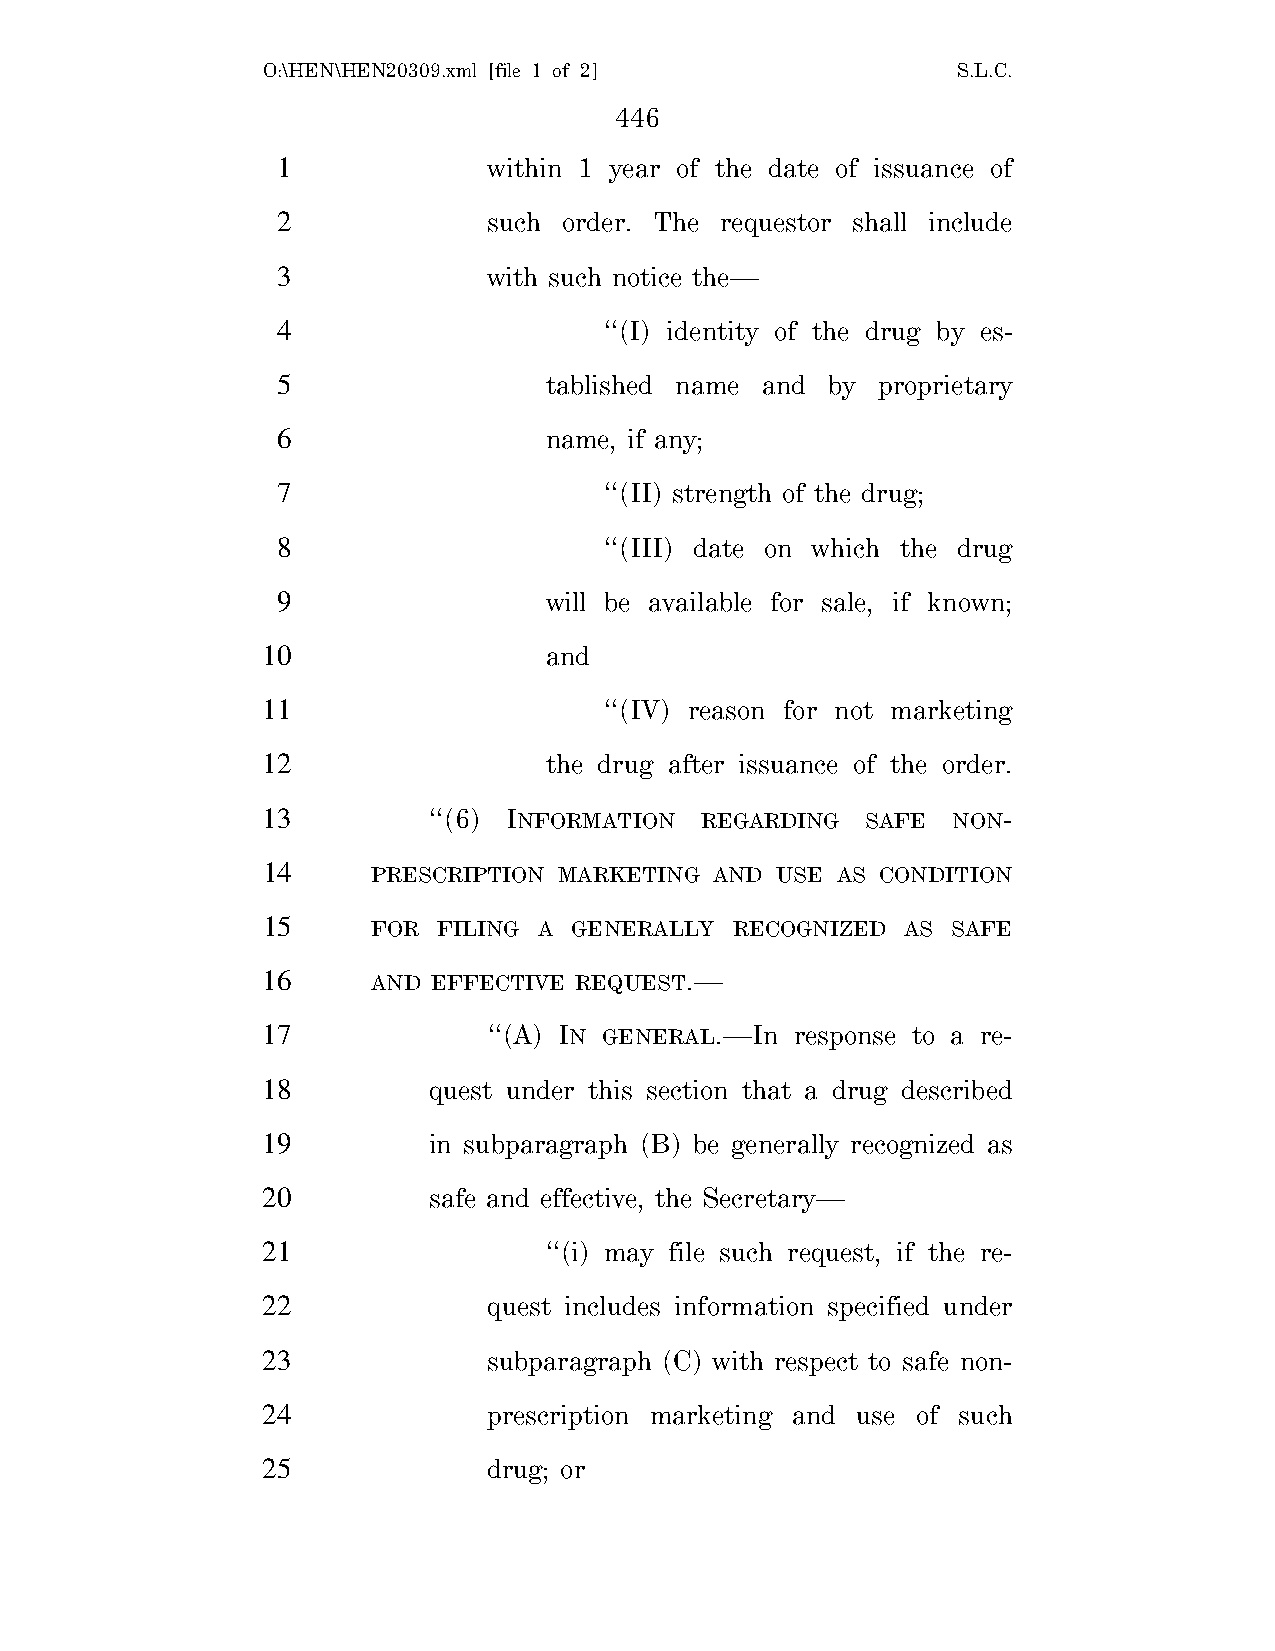
O:\HEN\HEN20309.xml [file 1 of 2]             S.L.C.
 446
 1             within 1 year of the date of issuance of
 2             such order. The requestor shall include
 3             with such notice the—
 4                     ‘‘(I) identity of the drug by es-
 5                 tablished name and by proprietary
 6                 name, if any;
 7                     ‘‘(II) strength of the drug;
 8                     ‘‘(III) date on which the drug
 9                 will be available for sale, if known;
 10                 and
 11                     ‘‘(IV) reason for not marketing
 12                 the drug after issuance of the order.
 13         ‘‘(6) INFORMATION REGARDING  SAFE  NON-
 14      PRESCRIPTION MARKETING AND USE AS CONDITION
 15      FOR FILING A GENERALLY RECOGNIZED  AS SAFE
 16      AND EFFECTIVE REQUEST.—
 17             ‘‘(A) IN GENERAL.—In response to a re-
 18         quest under this section that a drug described
 19         in subparagraph (B) be generally recognized as
 20         safe and effective, the Secretary—
 21                 ‘‘(i) may file such request, if the re-
 22             quest includes information specified under
 23             subparagraph (C) with respect to safe non-
 24             prescription marketing and use of such
 25             drug; or